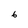
Character: 6